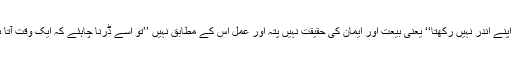
اسی طرح پر وہ انسان جو بیعت اور ایمان کا دعویٰ کرتا ہے اگر ان دونوں باتوں کا مغز اپنے اندر نہیں رکھتا‘‘ یعنی بیعت اور ایمان کی حقیقت نہیں پتہ اور عمل اس کے مطابق نہیں ’’تو اُسے ڈرنا چاہئے کہ ایک وقت آتا ہے کہ اُس ہوائی انڈے کی طرح ذرا سی چوٹ سے چکنا چور ہو کر پھینک دیا جائے گا۔